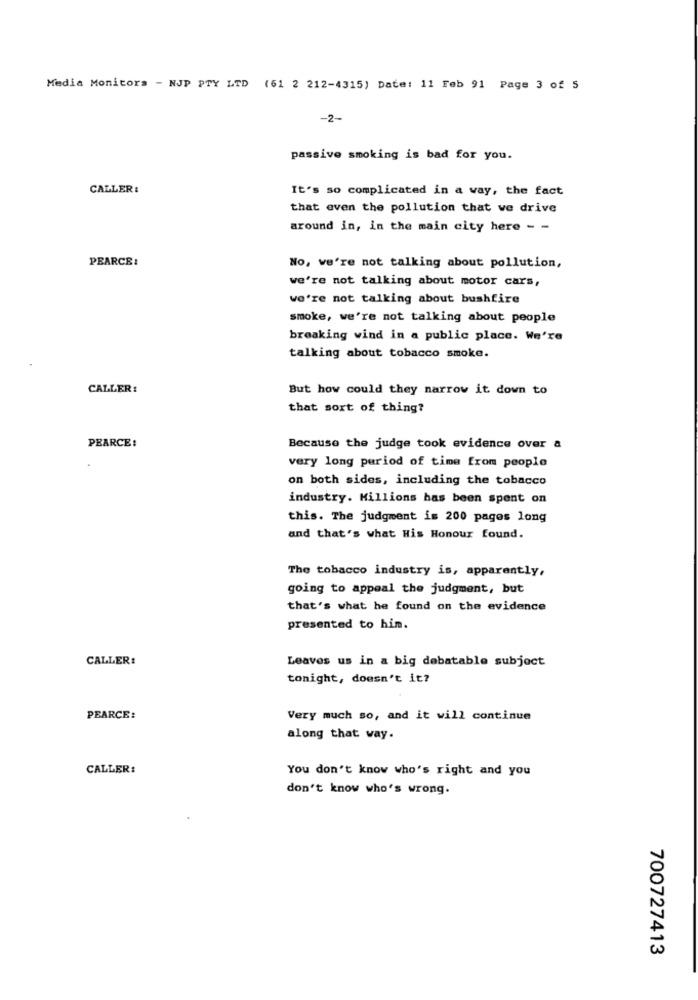
Media Monitors - NJP PTY LTD (61 2 212-4315) Date: 11 Feb 91 Page 3 of 5
-2-
passive smoking is bad for you.
CALLER :
It's so complicated in a way, the fact
that even the pollution that we drive
around in, in the main city here - -
PEARCE:
No, we're not talking about pollution,
we're not talking about motor cars,
we're not talking about bushfire
smoke, we're not talking about people
breaking wind in a public place. We're
talking about tobacco smoke.
CALLER :
But how could they narrow it down to
that sort of thing?
PEARCE:
Because the judge took evidence over a
very long period of time from people
on both sides, including the tobacco
industry. Millions has been spent on
this. The judgment is 200 pages long
and that's what His Honour found.
The tobacco industry is, apparently,
going to appeal the judgment, but
that's what he found on the evidence
presented to him.
CALLER:
Leaves us in a big debatable subject
tonight, doesn't it?
PEARCE:
Very much so, and it will continue
along that way.
CALLER:
You don't know who's right and you
don't know who's wrong.
700727413